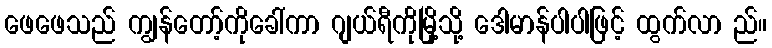
ဖေဖေသည် ကျွန်တော့်ကိုခေါ်ကာ ဂျယ်ရီကိုမြို့သို့ ဒေါမာန်ပါပါဖြင့် ထွက်လာ ည်။